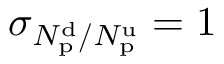
\sigma _ { N _ { \mathrm { p } } ^ { \mathrm { d } } / N _ { \mathrm { p } } ^ { \mathrm { u } } } = 1